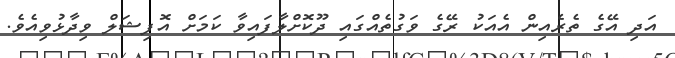
އަދި އޭގެ ތެރެއިން އެއަކު ރޭގެ ވަގުތެއްގައި ދޫކޮށްލާފައިވާ ކަމަށް އޮފިޝަލް ވިދާޅުވިއެވެ.